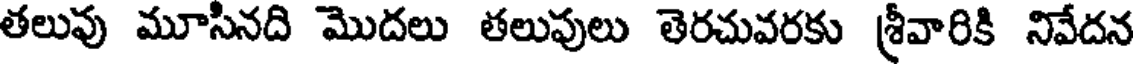
తలువు మూసినది మొదలు తలుపులు తెరచువరకు శ్రీవారికి నివేదన